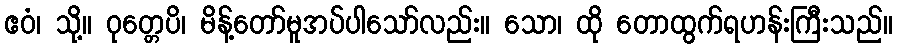
ဧဝံ၊ သို့။ ဝုတ္တေပိ၊ မိန့်တော်မူအပ်ပါသော်လည်း။ သော၊ ထို တောထွက်ရဟန်းကြီးသည်။